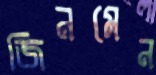
জিনমেন